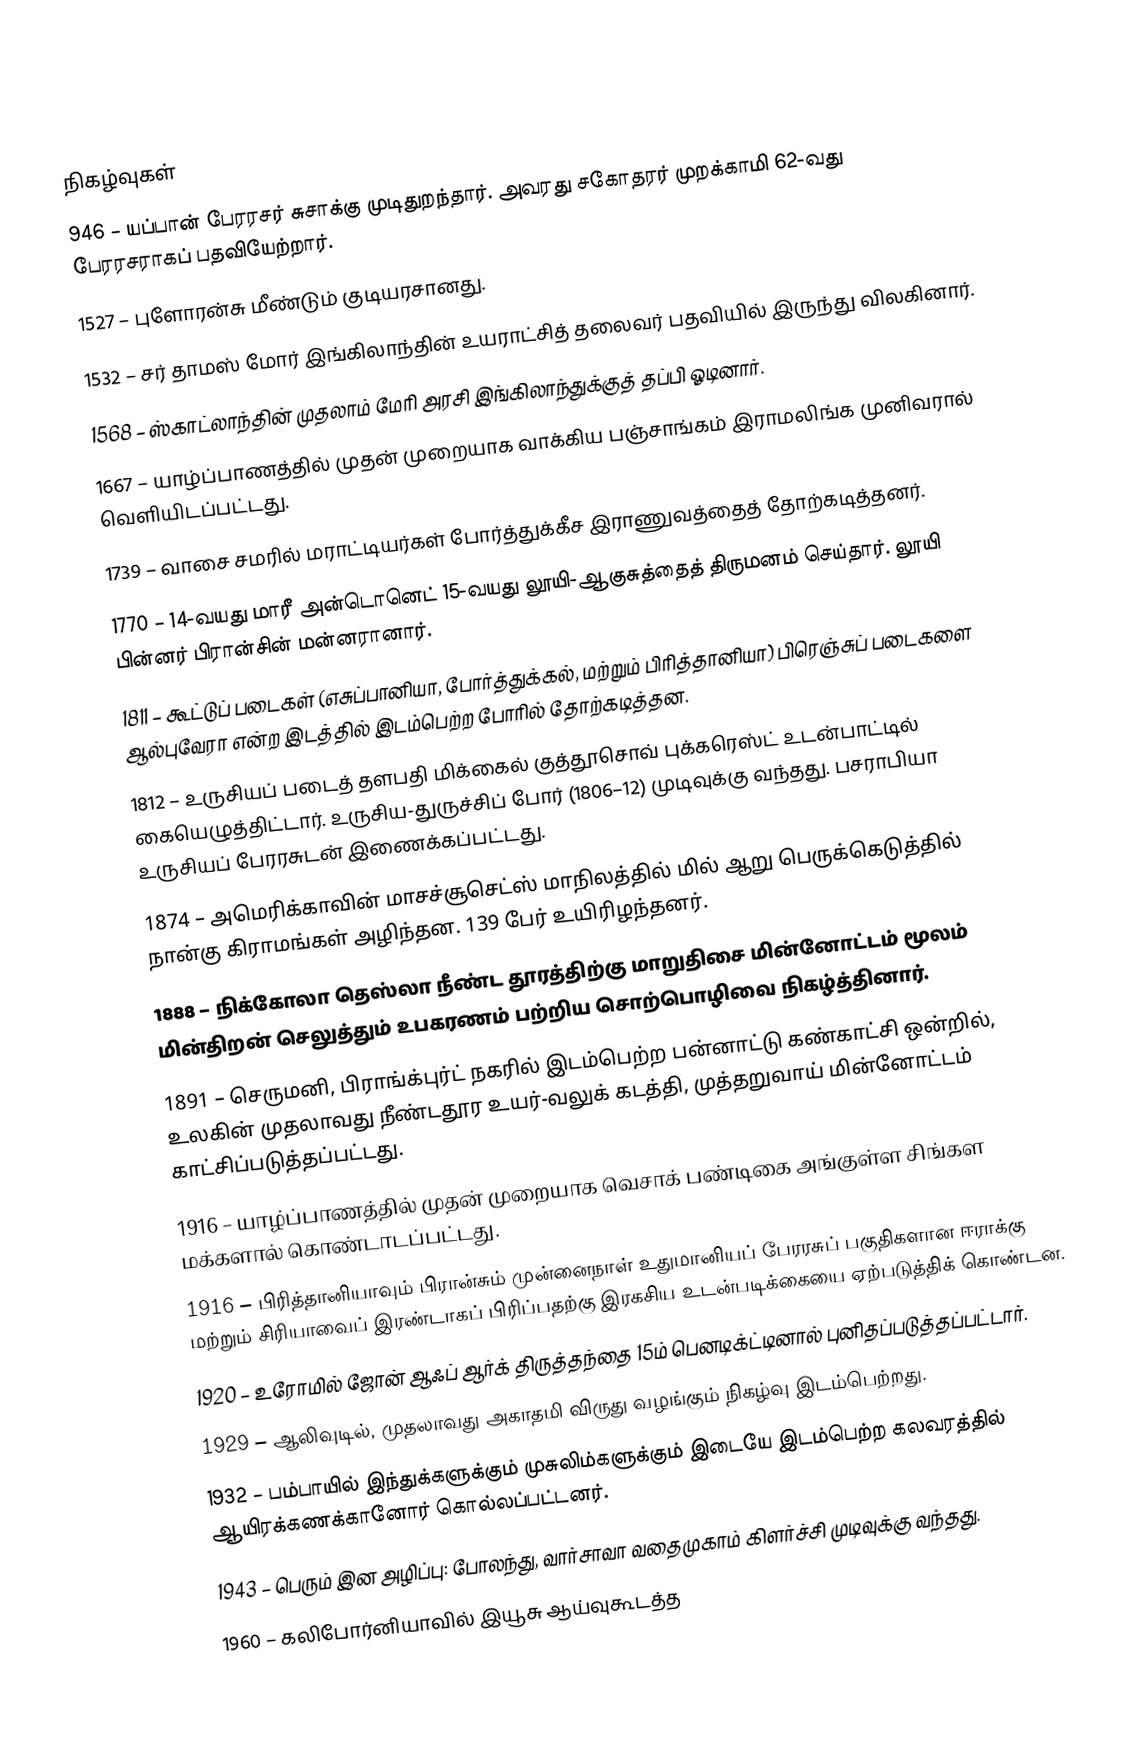

நிகழ்வுகள்
 946 – யப்பான் பேரரசர் சுசாக்கு முடிதுறந்தார். அவரது சகோதரர் முறக்காமி 62-வது பேரரசராகப் பதவியேற்றார்.
1527 – புளோரன்சு மீண்டும் குடியரசானது.
1532 – சர் தாமஸ் மோர் இங்கிலாந்தின் உயராட்சித் தலைவர் பதவியில் இருந்து விலகினார்.
1568 – ஸ்காட்லாந்தின் முதலாம் மேரி அரசி இங்கிலாந்துக்குத் தப்பி ஓடினார்.
1667 – யாழ்ப்பாணத்தில் முதன் முறையாக வாக்கிய பஞ்சாங்கம் இராமலிங்க முனிவரால் வெளியிடப்பட்டது.
1739 – வாசை சமரில் மராட்டியர்கள் போர்த்துக்கீச இராணுவத்தைத் தோற்கடித்தனர்.
1770 – 14-வயது மாரீ அன்டொனெட் 15-வயது லூயி-ஆகுசுத்தைத் திருமனம் செய்தார். லூயி பின்னர் பிரான்சின் மன்னரானார்.
1811 – கூட்டுப் படைகள் (எசுப்பானியா, போர்த்துக்கல், மற்றும் பிரித்தானியா) பிரெஞ்சுப் படைகளை ஆல்புவேரா என்ற இடத்தில் இடம்பெற்ற போரில் தோற்கடித்தன.
1812 – உருசியப் படைத் தளபதி மிக்கைல் குத்தூசொவ் புக்கரெஸ்ட் உடன்பாட்டில் கையெழுத்திட்டார். உருசிய-துருச்சிப் போர் (1806–12) முடிவுக்கு வந்தது. பசராபியா உருசியப் பேரரசுடன் இணைக்கப்பட்டது.
1874 – அமெரிக்காவின் மாசச்சூசெட்ஸ் மாநிலத்தில் மில் ஆறு பெருக்கெடுத்தில் நான்கு கிராமங்கள் அழிந்தன. 139 பேர் உயிரிழந்தனர்.
1888 – நிக்கோலா தெஸ்லா நீண்ட தூரத்திற்கு மாறுதிசை மின்னோட்டம் மூலம் மின்திறன் செலுத்தும் உபகரணம் பற்றிய சொற்பொழிவை நிகழ்த்தினார்.
1891 – செருமனி, பிராங்க்புர்ட் நகரில் இடம்பெற்ற பன்னாட்டு கண்காட்சி ஒன்றில், உலகின் முதலாவது நீண்டதூர உயர்-வலுக் கடத்தி, முத்தறுவாய் மின்னோட்டம் காட்சிப்படுத்தப்பட்டது.
1916 – யாழ்ப்பாணத்தில் முதன் முறையாக வெசாக் பண்டிகை அங்குள்ள சிங்கள மக்களால் கொண்டாடப்பட்டது.
1916 – பிரித்தானியாவும் பிரான்சும் முன்னைநாள் உதுமானியப் பேரரசுப் பகுதிகளான ஈராக்கு மற்றும் சிரியாவைப் இரண்டாகப் பிரிப்பதற்கு இரகசிய உடன்படிக்கையை ஏற்படுத்திக் கொண்டன.
1920 – உரோமில் ஜோன் ஆஃப் ஆர்க் திருத்தந்தை 15ம் பெனடிக்ட்டினால் புனிதப்படுத்தப்பட்டார்.
1929 – ஆலிவுடில், முதலாவது அகாதமி விருது வழங்கும் நிகழ்வு இடம்பெற்றது.
1932 – பம்பாயில் இந்துக்களுக்கும் முசுலிம்களுக்கும் இடையே இடம்பெற்ற கலவரத்தில் ஆயிரக்கணக்கானோர் கொல்லப்பட்டனர்.
1943 – பெரும் இன அழிப்பு: போலந்து, வார்சாவா வதைமுகாம் கிளர்ச்சி முடிவுக்கு வந்தது.
1960 – கலிபோர்னியாவில் இயூசு ஆய்வுகூடத்த